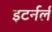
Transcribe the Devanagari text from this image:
इटर्नर्ल